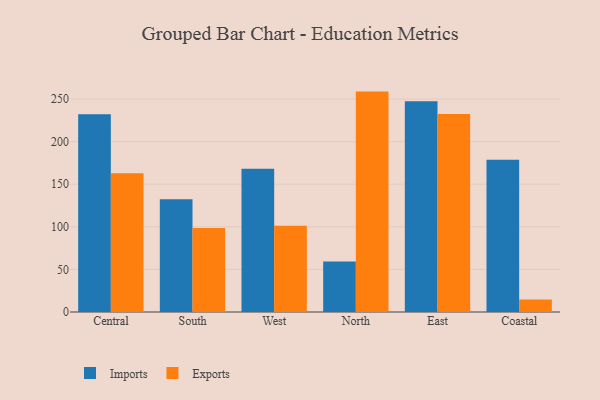
{"axis": {"x": "Region", "y": "Shipments"}, "legend": ["Exports", "Imports"], "data": [{"x": "Central", "y": 232.2, "type": "Imports"}, {"x": "Central", "y": 162.8, "type": "Exports"}, {"x": "South", "y": 132.4, "type": "Imports"}, {"x": "South", "y": 98.7, "type": "Exports"}, {"x": "West", "y": 168.2, "type": "Imports"}, {"x": "West", "y": 101.3, "type": "Exports"}, {"x": "North", "y": 59.3, "type": "Imports"}, {"x": "North", "y": 258.8, "type": "Exports"}, {"x": "East", "y": 247.5, "type": "Imports"}, {"x": "East", "y": 232.6, "type": "Exports"}, {"x": "Coastal", "y": 178.9, "type": "Imports"}, {"x": "Coastal", "y": 14.7, "type": "Exports"}]}